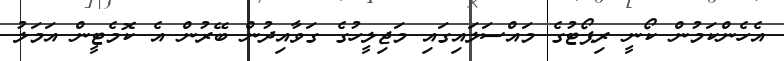
އެހެންކަމުން ކޯނީ ރިޕޯޓުގެ މައްސަލައިގައި މަޖިލީހުގެ ގަވާއިދުން ބޭރުން އެ ކޮމެޓީން އަމަލު